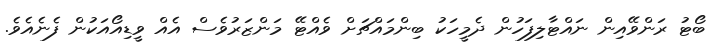
ބޯޓު ރަންވޭއިން ނައްޓާލިފަހުން ދެމީހަކު ބިންމައްޗަށް ވެއްޓޭ މަންޒަރުވެސް އެއް ވީޑިއޯއަކުން ފެނެއެވެ.